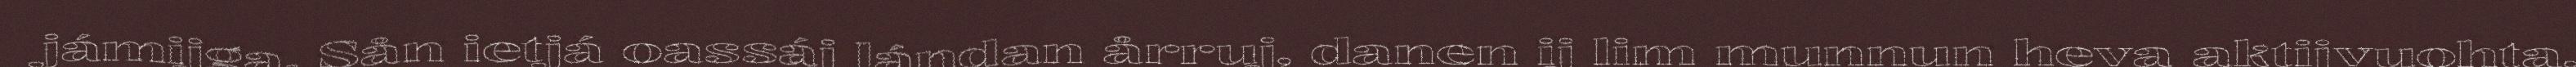
jámijga. Sån ietjá oassáj lándan årruj, danen ij lim munnun heva aktijvuohta.